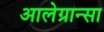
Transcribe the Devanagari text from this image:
आलेग्रान्सा